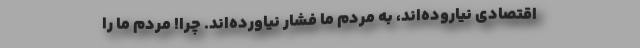
اقتصادی نیاروده‌اند، به مردم ما فشار نیاورده‌اند. چرا! مردم ما را